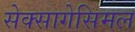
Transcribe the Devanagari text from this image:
सेक्सागेसिमल